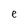
Character: e